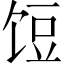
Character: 饾